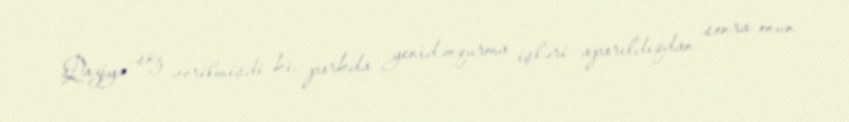
Qaziyə söz verilmişdi ki, parkda yenidənqurma işləri aparıldıqdan sonra onun